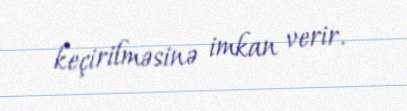
keçirilməsinə imkan verir.